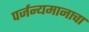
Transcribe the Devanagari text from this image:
पर्जन्यमानाचा